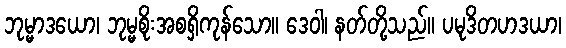
ဘုမ္မာဒယော၊ ဘုမ္မစိုးအစရှိကုန်သော။ ဒေဝါ၊ နတ်တို့သည်။ ပမုဒိတဟဒယာ၊